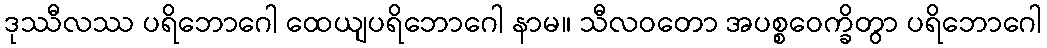
ဒုဿီလဿ ပရိဘောဂေါ ထေယျပရိဘောဂေါ နာမ။ သီလဝတော အပစ္စဝေက္ခိတွာ ပရိဘောဂေါ